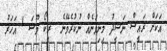
އަކަށް ރައީސް ނަޝީދު މިނިވަނެއް ނުކުރެވޭނެ  ރީކޯ މޫސަ 1 އަހަރު